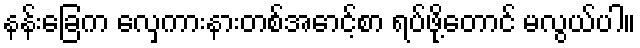
နန်းခြေက လှေကားနားတစ်အောင့်စာ ရပ်ဖို့တောင် မလွယ်ပါ။